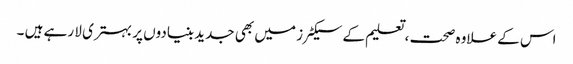
اس کے علاوہ صحت ، تعلیم کے سیکٹر ز میں بھی جدید بنیادوں پر بہتری لا رہے ہیں ۔